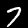
Label: 7